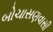
બોચાસણવાસી